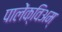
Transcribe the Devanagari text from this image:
पालेंक्विअम्‌